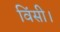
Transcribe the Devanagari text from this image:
विंसी।